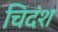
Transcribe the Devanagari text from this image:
चिदंश